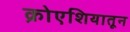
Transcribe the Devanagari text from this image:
क्रोएशियातून